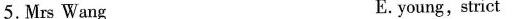
5.Mrs Wang E. young,strict